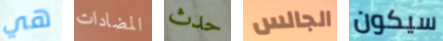
هي المضادات حدث الجالس سيكون